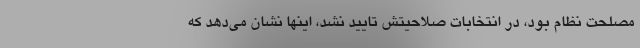
مصلحت نظام بود، در انتخابات صلاحیتش تایید نشد، اینها نشان می‌دهد که